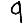
Digit: 9